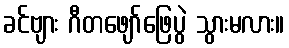
ခင်ဗျား ဂီတဖျော်ဖြေပွဲ သွားမလား။